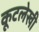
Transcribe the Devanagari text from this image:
कूटलेखी